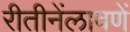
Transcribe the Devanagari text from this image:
रीतीनेंलावणें